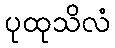
ပုထုသိလံ